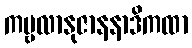
ကမ္ဗလာနုဇာနနာဒိကထာ